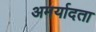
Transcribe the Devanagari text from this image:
अमर्यादता